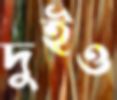
দুইও